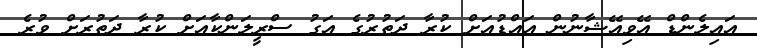
އައިލެންޑް އޭވިއޭޝާނުން އައްޑުއަށް ކުރާ ދަތުރުގެ އަގު ސްރީލަންކާއަށް ކުރާ ދަތުރަށް ވުރެ